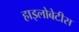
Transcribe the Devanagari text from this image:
हाइलोबेटीस